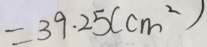
= 3 9 . 2 5 ( c m ^ { 2 } )